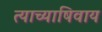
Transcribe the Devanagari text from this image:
त्याच्याषिवाय